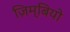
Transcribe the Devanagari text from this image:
ज़िम्बियो